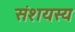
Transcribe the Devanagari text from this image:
संशयस्य